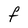
Character: F